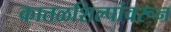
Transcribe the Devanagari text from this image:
कातळशिल्पांवरून